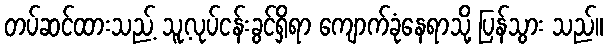
တပ်ဆင်ထားသည့် သူ့လုပ်ငန်းခွင်ရှိရာ ကျောက်ခုံနေရာသို့ ပြန်သွား သည်။